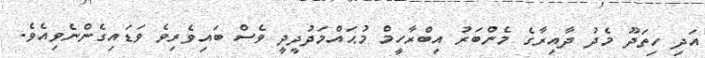
އަދި ހިތަދޫ މެދު ދާއިރާގެ މެންބަރު އިބްރާހީމް މުޙައްމަދުދީދީ ވެސް ބައިވެރިވެ ވަޑައިގެންނެވިއެވެ.